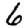
Digit: 6